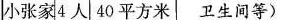
小张家 4人 40平方米 卫生间等)